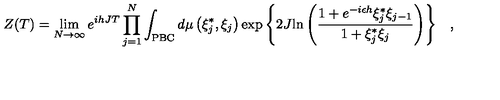
Z ( T ) = \lim _ { N \rightarrow \infty } e ^ { i h J T } \prod _ { j = 1 } ^ { N } \int _ { \mathrm { P B C } } { { d \mu \left( { \xi _ { j } ^ { * } , \xi _ { j } } \right) } \exp \left\{ { 2 J { \ln \left( { { \frac { 1 + e ^ { - i \epsilon h } \xi _ { j } ^ { * } \xi _ { j - 1 } } { 1 + \xi _ { j } ^ { * } \xi _ { j } } } } \right) } } \right\} } \quad ,